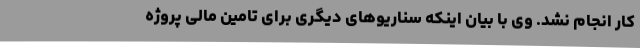
کار انجام نشد. وی با بیان اینکه سناریوهای دیگری برای تامین مالی پروژه